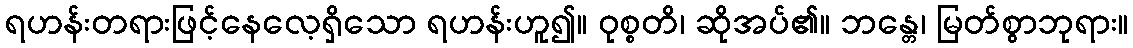
ရဟန်းတရားဖြင့်နေလေ့ရှိသော ရဟန်းဟူ၍။ ဝုစ္စတိ၊ ဆိုအပ်၏။ ဘန္တေ၊ မြတ်စွာဘုရား။